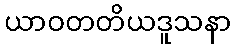
ယာဝတတိယဒူသနာ